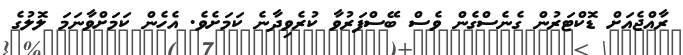
ރާއްޖެއަށް ޑޮކްޓަރުން ގެނެސްގެން ވެސް ބޭސްފަރުވާ ކުރެވިދާނެ ކަމަށެވެ. އެހެން ކަމަށްވާނަމަ ލޮލުގެ